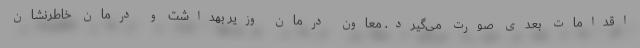
اقدامات بعدی صورت می‌گیرد. معاون درمان وزیر بهداشت و درمان خاطرنشان